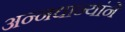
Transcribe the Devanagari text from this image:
अन्नधान्यांने